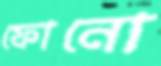
ফোনো